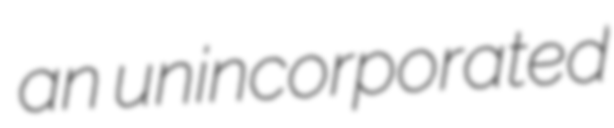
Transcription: an unincorporated